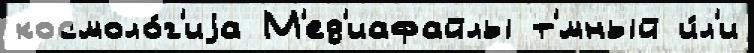
космоло́г'иjа М'ед'иафайлы т'́мный и́л'и